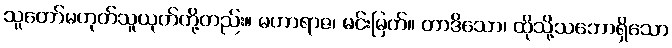
သူတော်မဟုတ်သူယုတ်တို့တည်း။ မဟာရာဇ၊ မင်းမြတ်။ တာဒိသော၊ ထိုသို့သဘောရှိသော